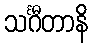
သင်္ဂီတာနိ